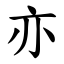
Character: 亦